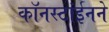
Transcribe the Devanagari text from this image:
कॉनस्टांईनने